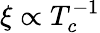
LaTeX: \xi\propto T_{c}^{-1}